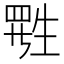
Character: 𬎷